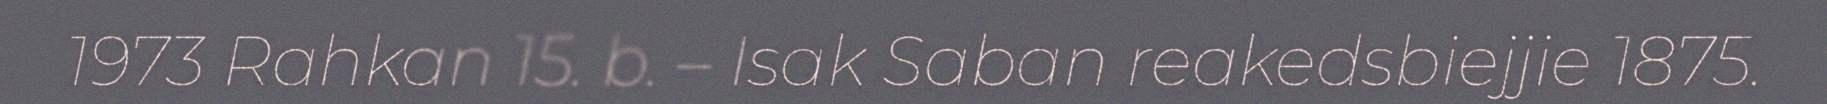
1973 Rahkan 15. b. – Isak Saban reakedsbiejjie 1875.